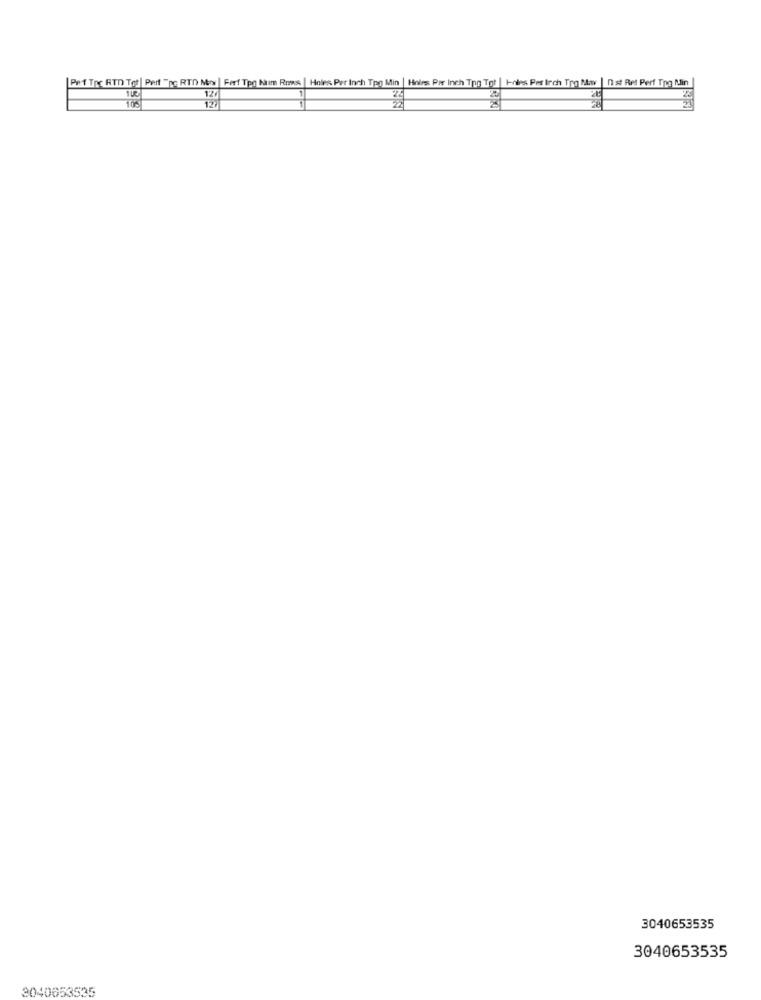
Pet Tre RTD Tot| Perf "ne RTD Ny | Fort Tpo Num Rows | Holes Per Inch Tpo Min | Hoirss Per inch Ton Tot | Hnies Per Inch Tre Nav | Ist Ret Perf Ting Min |
115
120
3040653535
3040653535
3040653535